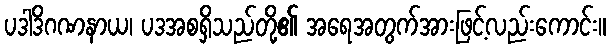
ပဒါဒိဂဏနာယ၊ ပဒအစရှိသည်တို့၏ အရေအတွက်အားဖြင့်လည်းကောင်း။